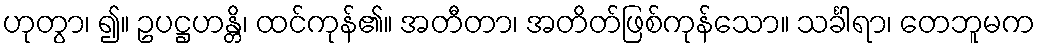
ဟုတွာ၊ ၍။ ဥပဋ္ဌဟန္တိ၊ ထင်ကုန်၏။ အတီတာ၊ အတိတ်ဖြစ်ကုန်သော။ သင်္ခါရာ၊ တေဘူမက